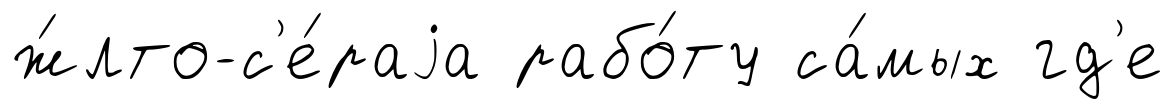
ж́лто-с'е́раjа рабо́ту са́мых гд'е